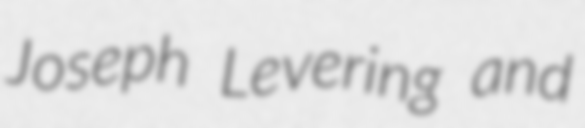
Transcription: Joseph Levering and